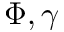
\Phi , \gamma